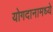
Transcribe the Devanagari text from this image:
योगदानामध्ये